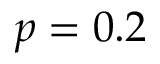
p = 0 . 2